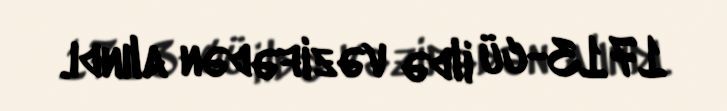
1713-cü ildə vəzifədən alındı.